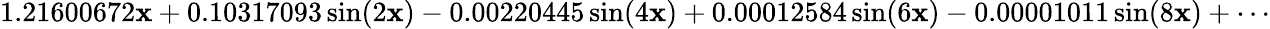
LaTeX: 1.21600672\mathbf{x}+0.10317093\sin(2\mathbf{x})-0.00220445\sin(4\mathbf{x})+0.00012584\sin(6\mathbf{x})-0.00001011\sin(8\mathbf{x})+\cdots